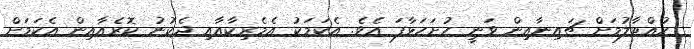
ހުއްޓާލުމަށް ޗައިނާއިން ވަނީ ހުށަހަޅާފަ އެވެ. އެކަމަކު އެމެރިކާއާއި ދެކުނު ކޮރެއާއިން އެކަމަށް